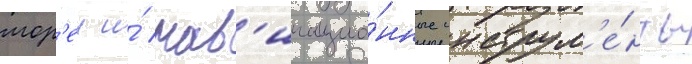
мор'еи и́ нав'игацио́нные инструм'е́нты